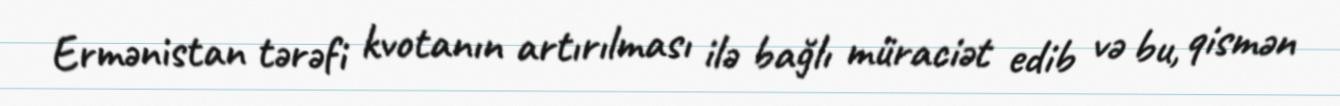
Ermənistan tərəfi kvotanın artırılması ilə bağlı müraciət edib və bu, qismən